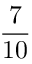
\frac { 7 } { 1 0 }